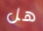
هل